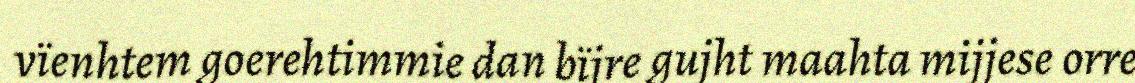
vïenhtem goerehtimmie dan bïjre gujht maahta mijjese orre